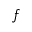
f